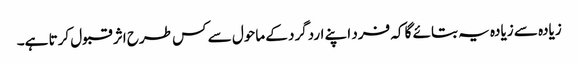
زیادہ سے زیادہ یہ بتائے گا کہ فرد اپنے اردگرد کے ماحول سے کس طرح اثر قبول کرتا ہے۔